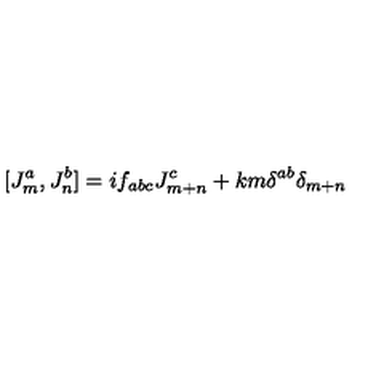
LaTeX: [ J _ { m } ^ { a } , J _ { n } ^ { b } ] = i f _ { a b c } J _ { m + n } ^ { c } + k m { \delta } ^ { a b } { \delta } _ { m + n }